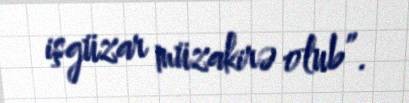
işgüzar müzakirə olub”.